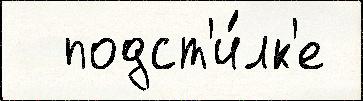
  подст'и́лк'е